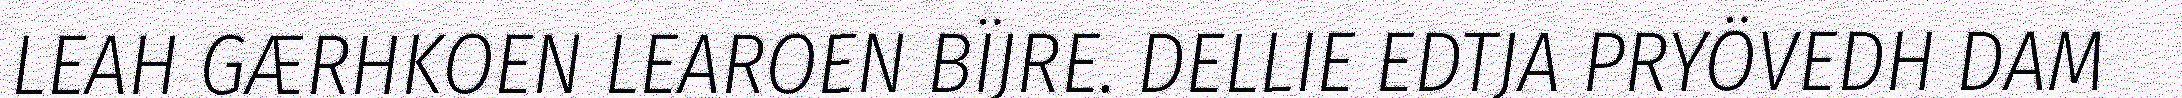
LEAH GÆRHKOEN LEAROEN BÏJRE. DELLIE EDTJA PRYÖVEDH DAM